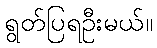
ရွတ်ပြရဦးမယ်။